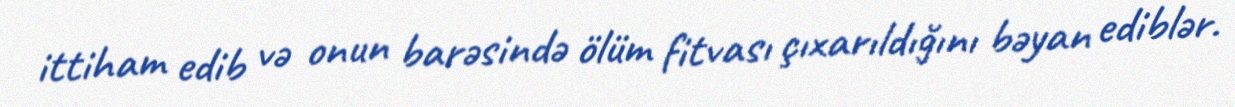
ittiham edib və onun barəsində ölüm fitvası çıxarıldığını bəyan ediblər.